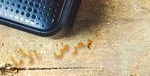
معرض الأمل